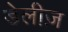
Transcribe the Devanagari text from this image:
डेलीज़